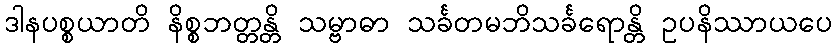
ဒါနပစ္စယာတိ နိစ္စဘတ္တန္တိ သမ္ဗာဓာ သင်္ခတမဘိသင်္ခရောန္တိ ဥပနိဿာယပေ